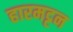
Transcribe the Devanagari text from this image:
हारमट्टन